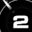
Digit: 2